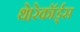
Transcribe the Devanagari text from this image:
थे।रेकॉर्ड्स